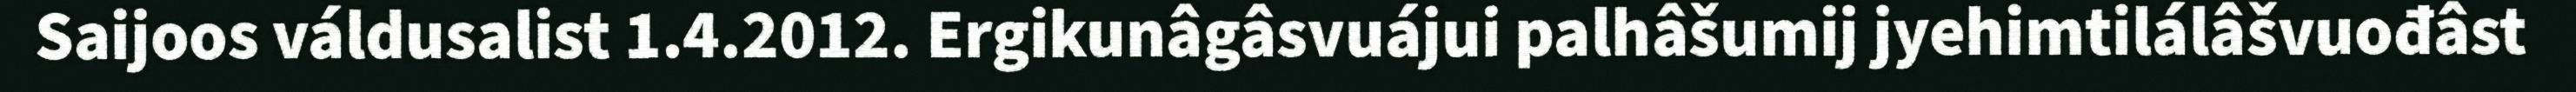
Saijoos váldusalist 1.4.2012. Ergikunâgâsvuájui palhâšumij jyehimtilálâšvuođâst